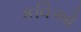
કવિઓ